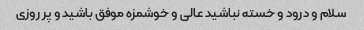
سلام و درود و خسته نباشید عالی و خوشمزه موفق باشید و پر روزی